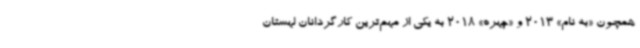
همچون «به نام» 2013 و «چهره» 2018 به یکی از مهم‌ترین کارگردانان لهستان